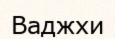
Ваджхи